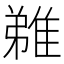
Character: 𨿝